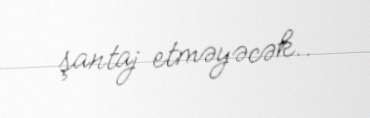
şantaj etməyəcək..